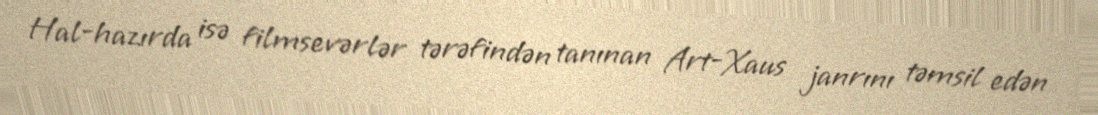
Hal-hazırda isə filmsevərlər tərəfindən tanınan Art-Xaus janrını təmsil edən